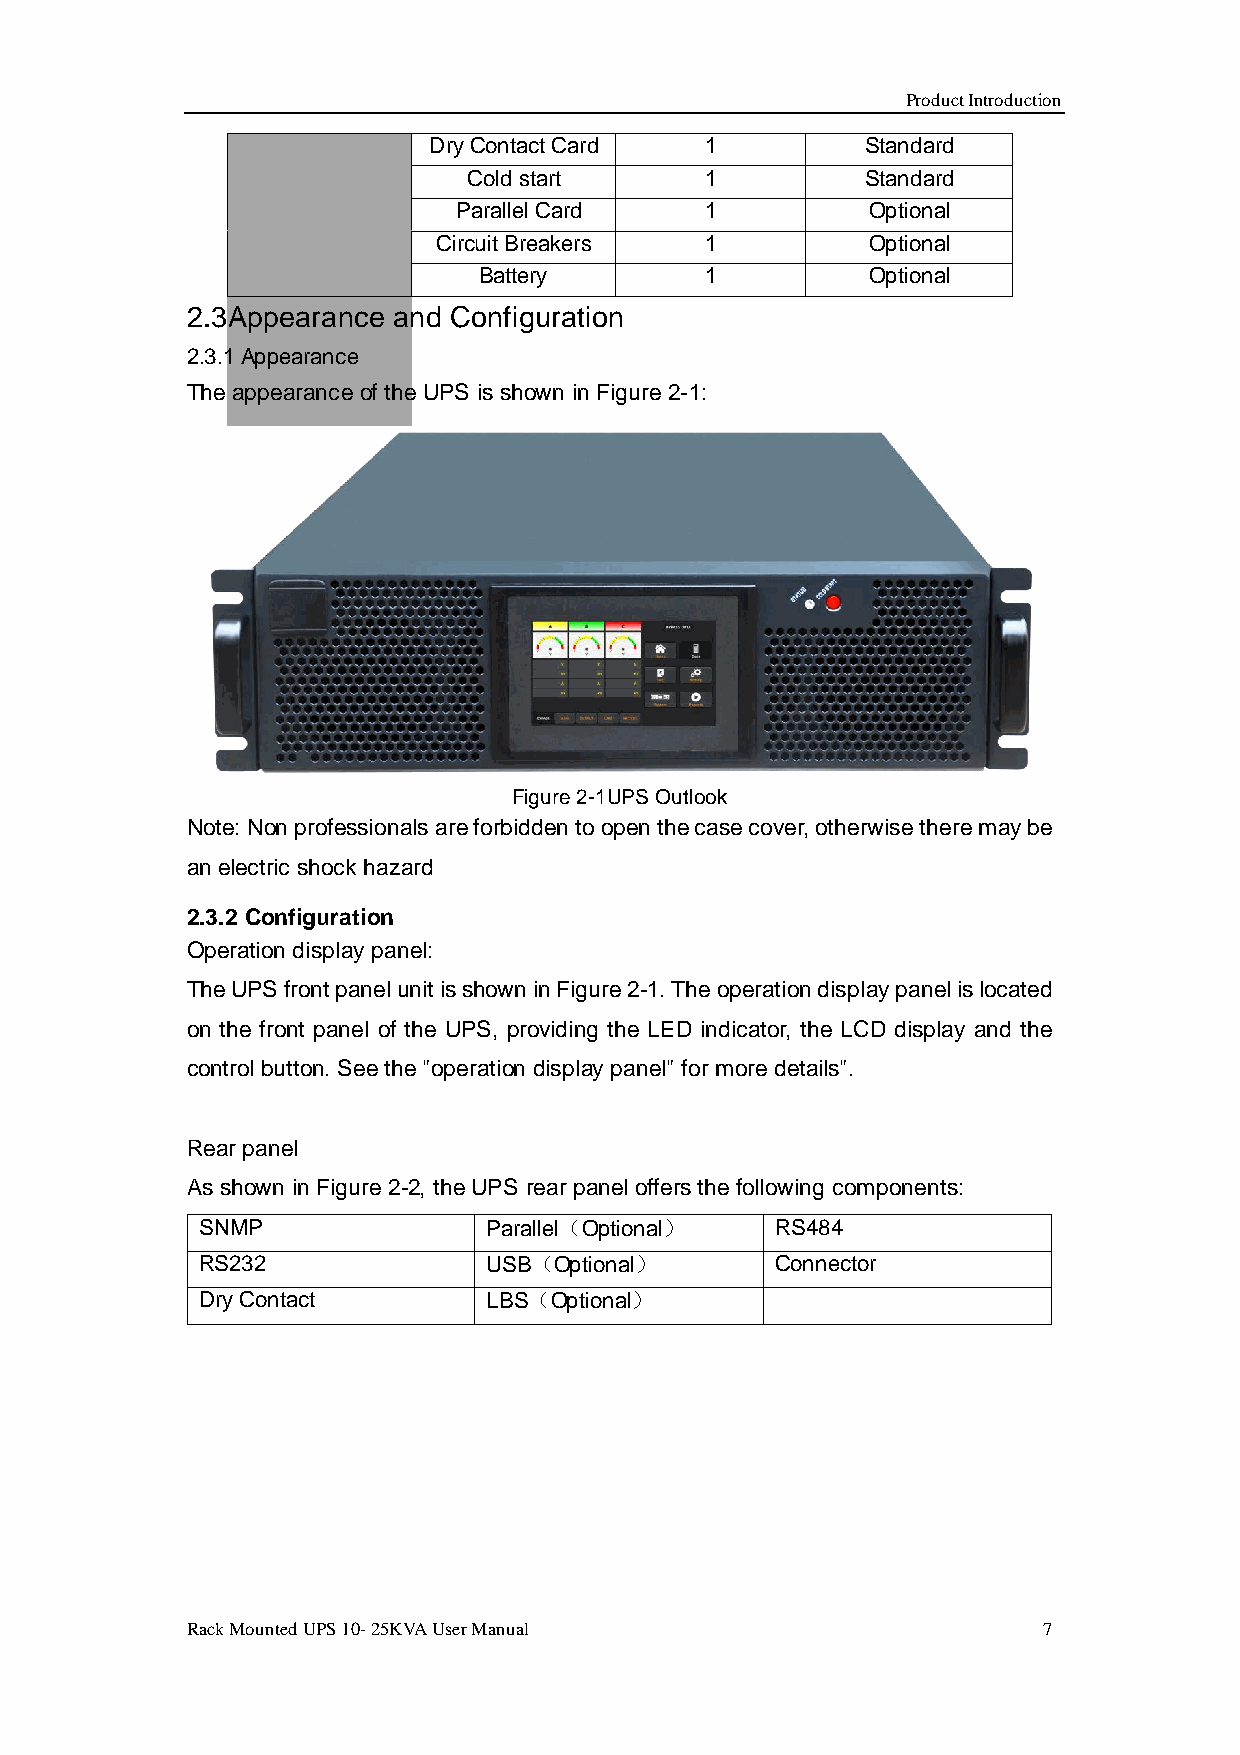
Product Introduction
 Dry Contact Card   1         Standard
 Cold start      1         Standard
 Parallel Card    1          Optional
 Circuit Breakers  1          Optional
 Battery        1          Optional
 2.3Appearance and Configuration
 2.3.1 Appearance
 The appearance of the UPS is shown in Figure 2-1:
 Figure 2-1UPS Outlook
 Note: Non professionals are forbidden to open the case cover, otherwise there may be
 an electric shock hazard
 2.3.2 Configuration
 Operation display panel:
 The UPS front panel unit is shown in Figure 2-1. The operation display panel is located
 on the front panel of the UPS, providing the LED indicator, the LCD display and the
 control button. See the "operation display panel" for more details".
 Rear panel
 As shown in Figure 2-2, the UPS rear panel offers the following components:
 SNMP               Parallel（Optional） RS484
 RS232              USB（Optional）      Connector
 Dry Contact        LBS（Optional）
 Rack Mounted UPS 10- 25KVA User Manual                   7